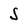
Character: S